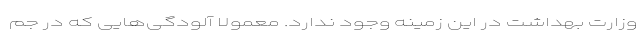
وزارت بهداشت در این زمینه وجود ندارد. معمولا آلودگی‌هایی که در جم